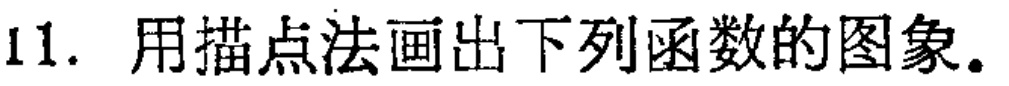
11. 用描点法画出下列函数的图象。